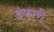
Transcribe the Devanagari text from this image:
इंकारी